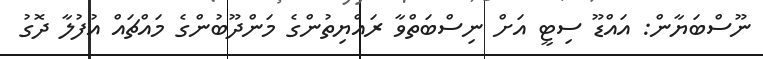
ނޫސްބަޔާން: އައްޑޫ ސިޓީ އަށް ނިސްބަތްވާ ރައްޔިތުންގެ މަންދޫބުންގެ މައްޗައް އުފުލާ ދޮގު